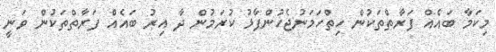
މިކަމާ ބައެއް ފަރާތްތަކުން ހިތްހަމަނުޖެހުންފާޅު ކުރަމުން ދާ އިރު ބައެއް ފަރާތްތަކުން ވަނީ